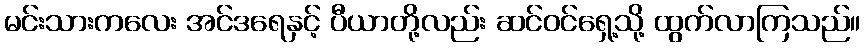
မင်းသားကလေး အင်ဒရေနှင့် ပီယာတို့လည်း ဆင်ဝင်ရှေ့သို့ ထွက်လာကြသည်။